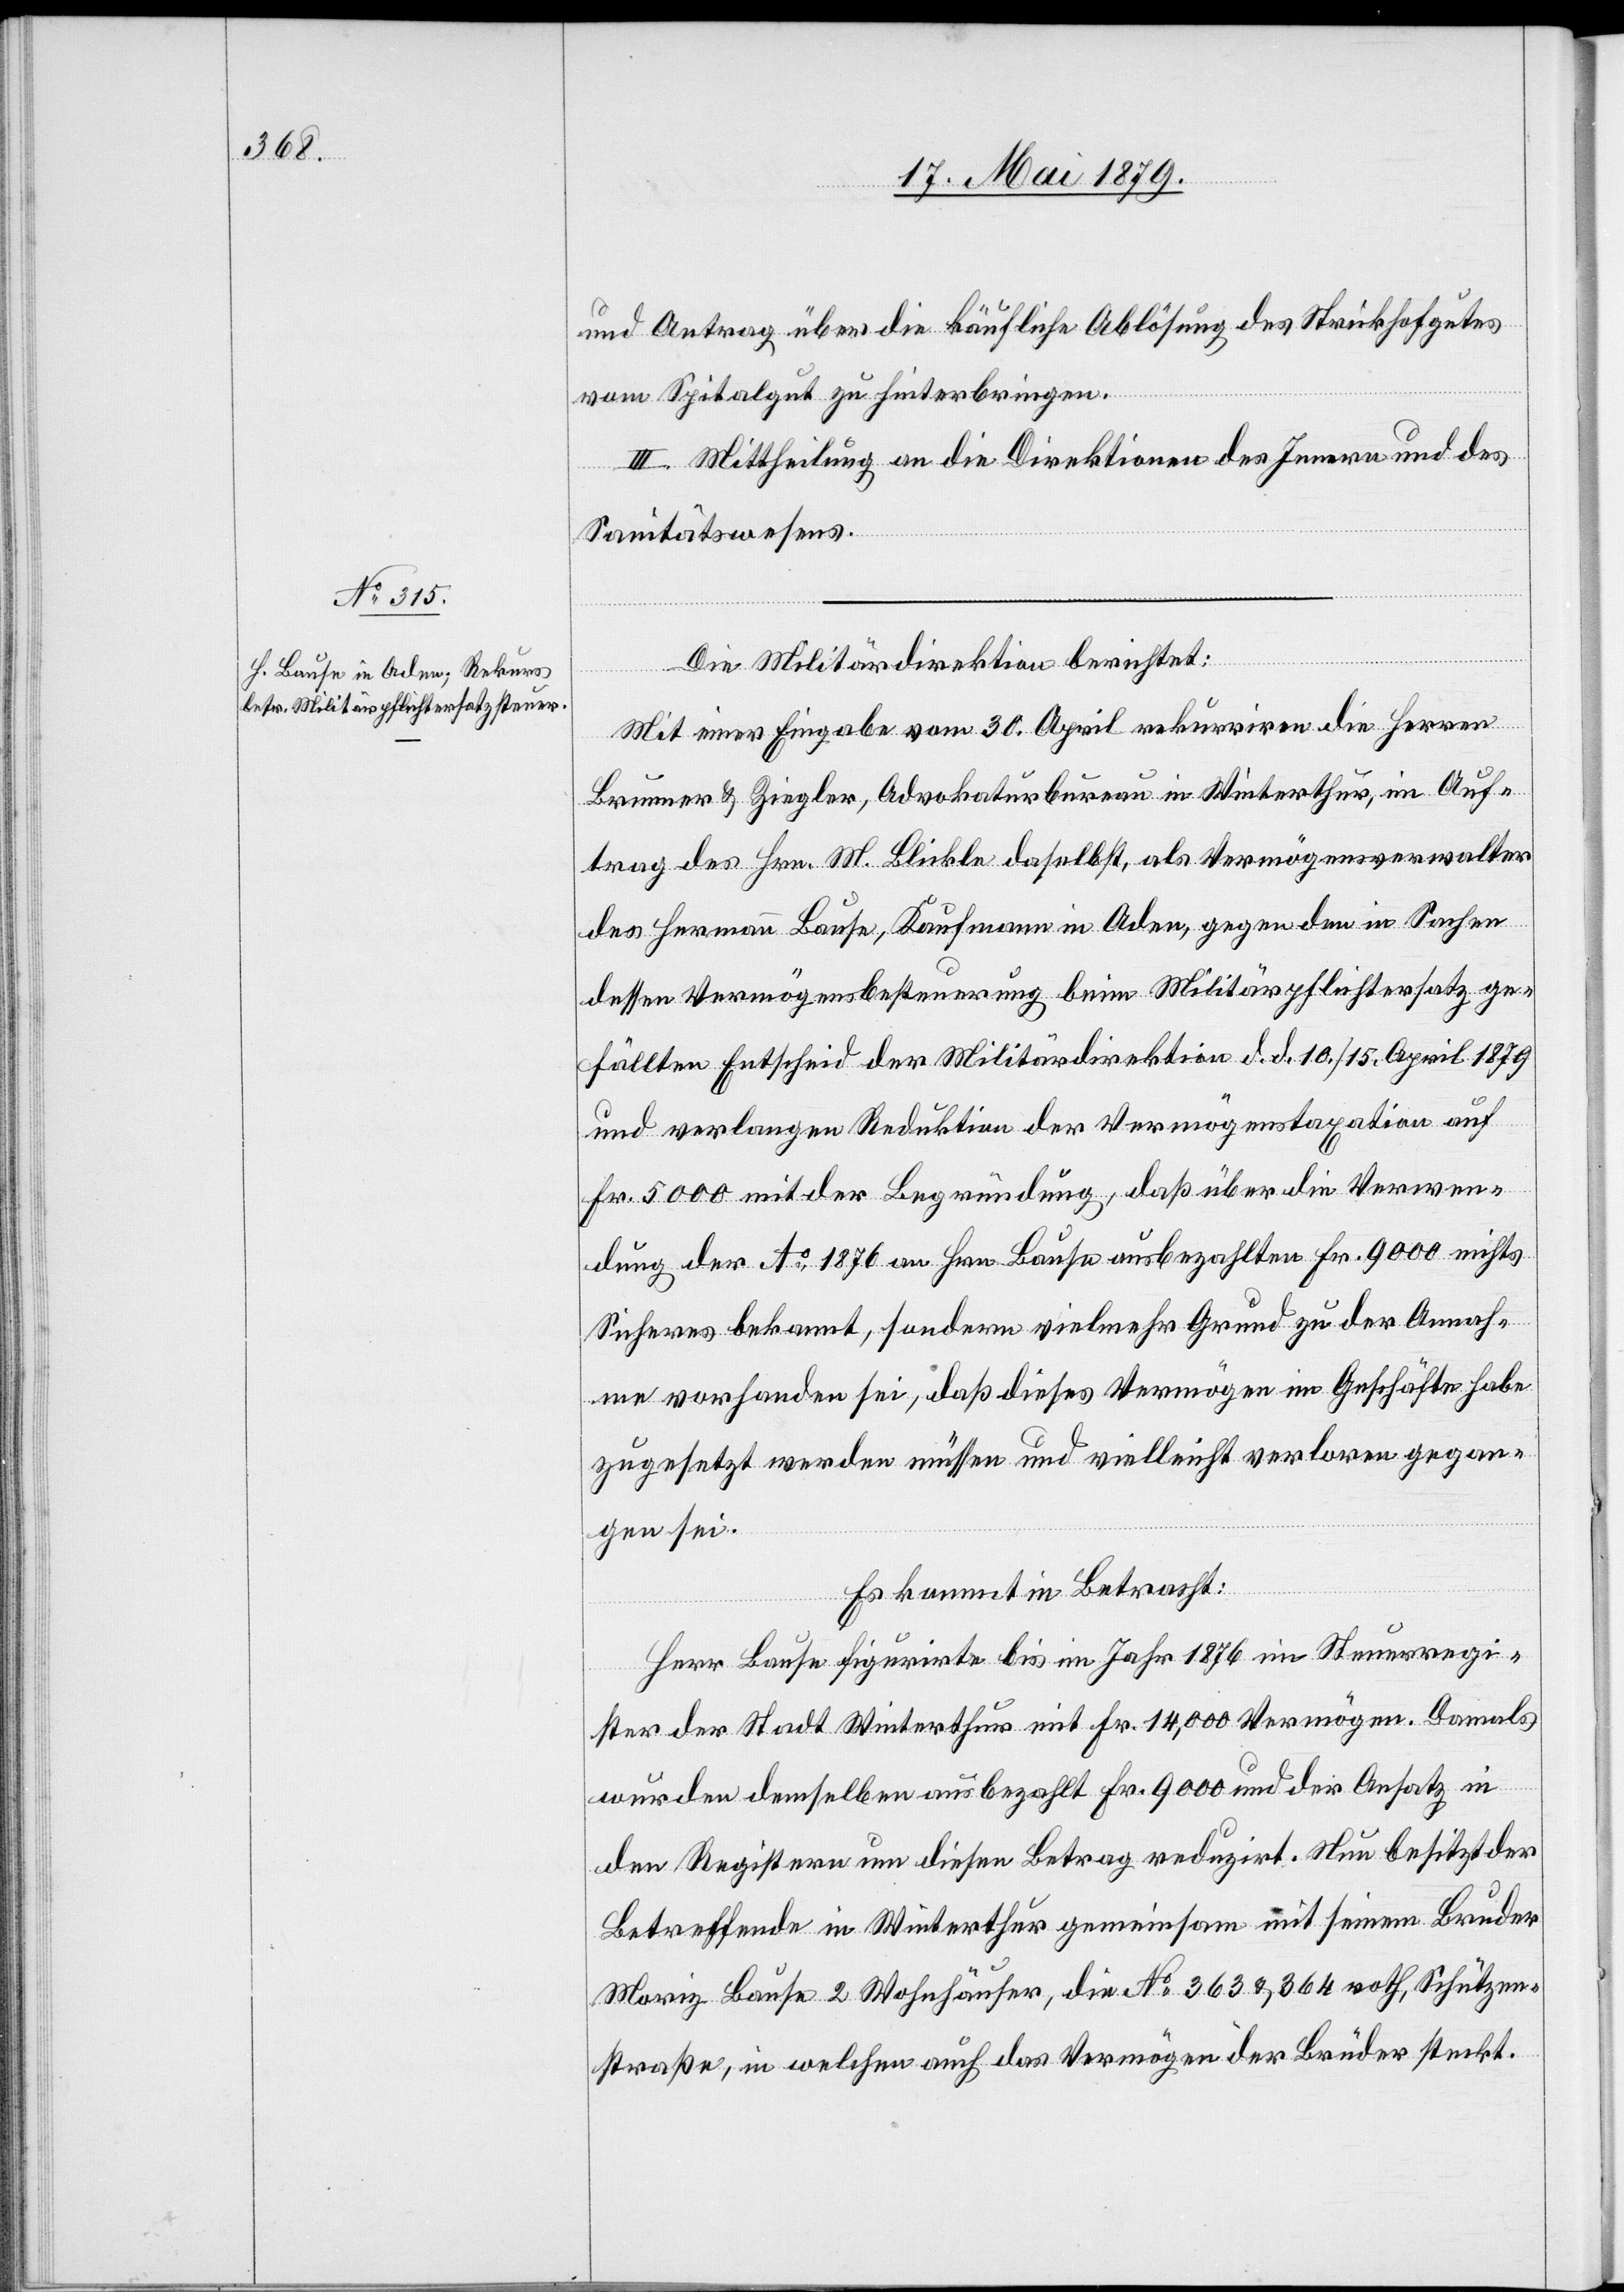
und Antrag über die käufliche Ablösung des Strickhofgutes
vom Spitalgut zu hinterbringen.
III. Mittheilung an die Direktionen des Innern und des
Sanitätswesens.
Die Militärdirektion berichtet:
Mit einer Eingabe vom 30. April rekurriren die Herren
Brunner & Ziegler, Advokaturbureau in Winterthur, im Auf¬
trag des Hrn. M. Blickle daselbst, als Vermögensverwalter
des Hermann Bause, Kaufmann in Aden, gegen den in Sachen
dessen Vermögensbesteuerung beim Militärpflichtersatz ge¬
fällten Entscheid der Militärdirektion d. d. 10./15. April 1879
und verlangen Reduktion der Vermögenstaxation auf
Fr. 5000 mit der Begründung, daß über die Verwen¬
dung der Ao 1876 an Hrn. Bause ausbezahlten Fr. 9000 nichts
Sicheres bekannt, sondern vielmehr Grund zu der Annah¬
me vorhanden sei, daß dieses Vermögen im Geschäfte habe
zugesetzt werden müssen und vielleicht verloren gegan¬
gen sei.
Es kommt in Betracht:
Herr Bause figurirte bis im Jahr 1876 im Steuerregi¬
ster der Stadt Winterthur mit Fr. 14,000 Vermögen. Damals
wurden demselben ausbezahlt Fr. 9000 und der Ansatz in
den Registern um diesen Betrag reduzirt. Nun besitzt der
Betreffende in Winterthur gemeinsam mit seinem Bruder
Moriz Bause 2 Wohnhäuser, die No 363 & 364 roth, Schützen¬
straße, in welchen auch das Vermögen der Brüder steckt.